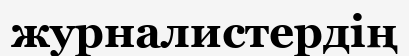
журналистердің